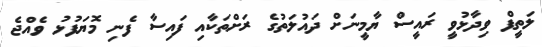
ލަތީފް ވިދާޅުވީ ރައީސް ޔާމީނަށް ދައުލަތުގެ ރަށްތަކާއި ފައިސާ ފެނި މޮޔަފުޅު ވެއްޖެ